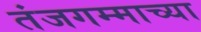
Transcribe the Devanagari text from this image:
तंजगम्माच्या